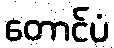
တောင်ပံ